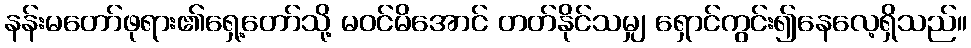
နန်းမတော်ဖုရား၏ရှေ့တော်သို့ မဝင်မိအောင် တတ်နိုင်သမျှ ရှောင်ကွင်း၍နေလေ့ရှိသည်။